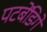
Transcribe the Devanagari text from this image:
पटबेंडिगे